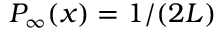
P _ { \infty } ( x ) = 1 / ( 2 L )